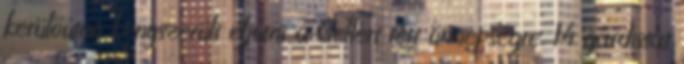
kerülőúton kényszerült eljutni a Gellért téri ünnepségre. 14 gárdistát